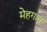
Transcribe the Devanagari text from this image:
मेहगाव